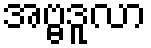
အဗ္ဗဒူလာ